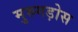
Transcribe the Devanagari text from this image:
मुरुगड़ोस